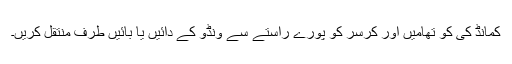
کمانڈ کی کو تھامیں اور کرسر کو پورے راستے سے ونڈو کے دائیں یا بائیں طرف منتقل کریں۔